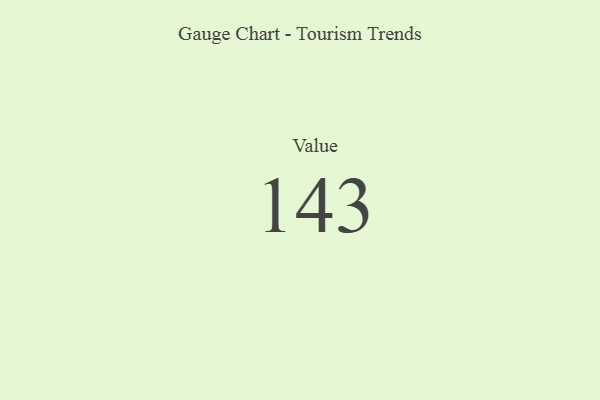
{"axis": {"x": "Metric", "y": "Value"}, "legend": [""], "data": [{"x": "Value", "y": 143, "type": ""}]}